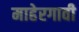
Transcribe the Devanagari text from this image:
माहेरगावी